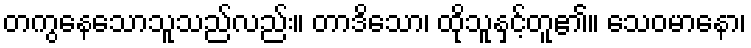
တကွနေသောသူသည်လည်း။ တာဒိသော၊ ထိုသူနှင့်တူ၏။ သေဝမာနော၊